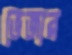
ভেজার